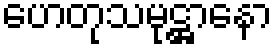
ဟေတုသမုဋ္ဌာနော